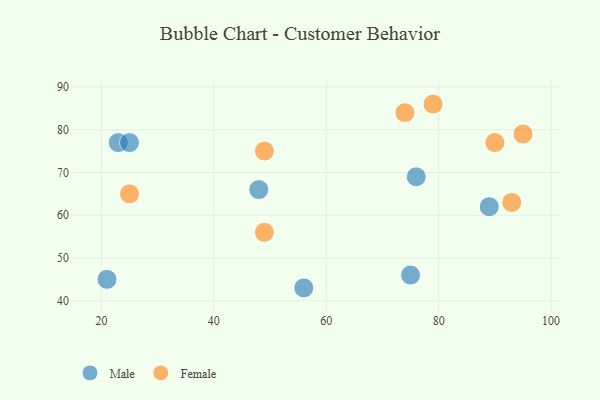
{"axis": {"x": "GDP", "y": "Life Expectancy"}, "legend": ["Female", "Male"], "data": [{"x": "48", "y": 66, "type": "Male"}, {"x": "56", "y": 43, "type": "Male"}, {"x": "76", "y": 69, "type": "Male"}, {"x": "23", "y": 77, "type": "Male"}, {"x": "25", "y": 77, "type": "Male"}, {"x": "75", "y": 46, "type": "Male"}, {"x": "89", "y": 62, "type": "Male"}, {"x": "21", "y": 45, "type": "Male"}, {"x": "49", "y": 75, "type": "Female"}, {"x": "90", "y": 77, "type": "Female"}, {"x": "95", "y": 79, "type": "Female"}, {"x": "49", "y": 56, "type": "Female"}, {"x": "25", "y": 65, "type": "Female"}, {"x": "74", "y": 84, "type": "Female"}, {"x": "79", "y": 86, "type": "Female"}, {"x": "93", "y": 63, "type": "Female"}]}